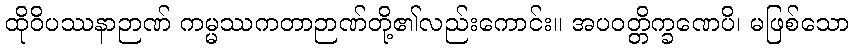
ထိုဝိပဿနာဉာဏ် ကမ္မဿကတာဉာဏ်တို့၏လည်းကောင်း။ အပဝတ္တိက္ခဏေပိ၊ မဖြစ်သော